Bréfritari: Jónatan Þorláksson
Viðtakandi: Jón Borgfirðings Jónsson
Dagsetning: A-1869-02-16
Skrifað á: Þórðarstöðum  S-Þing.

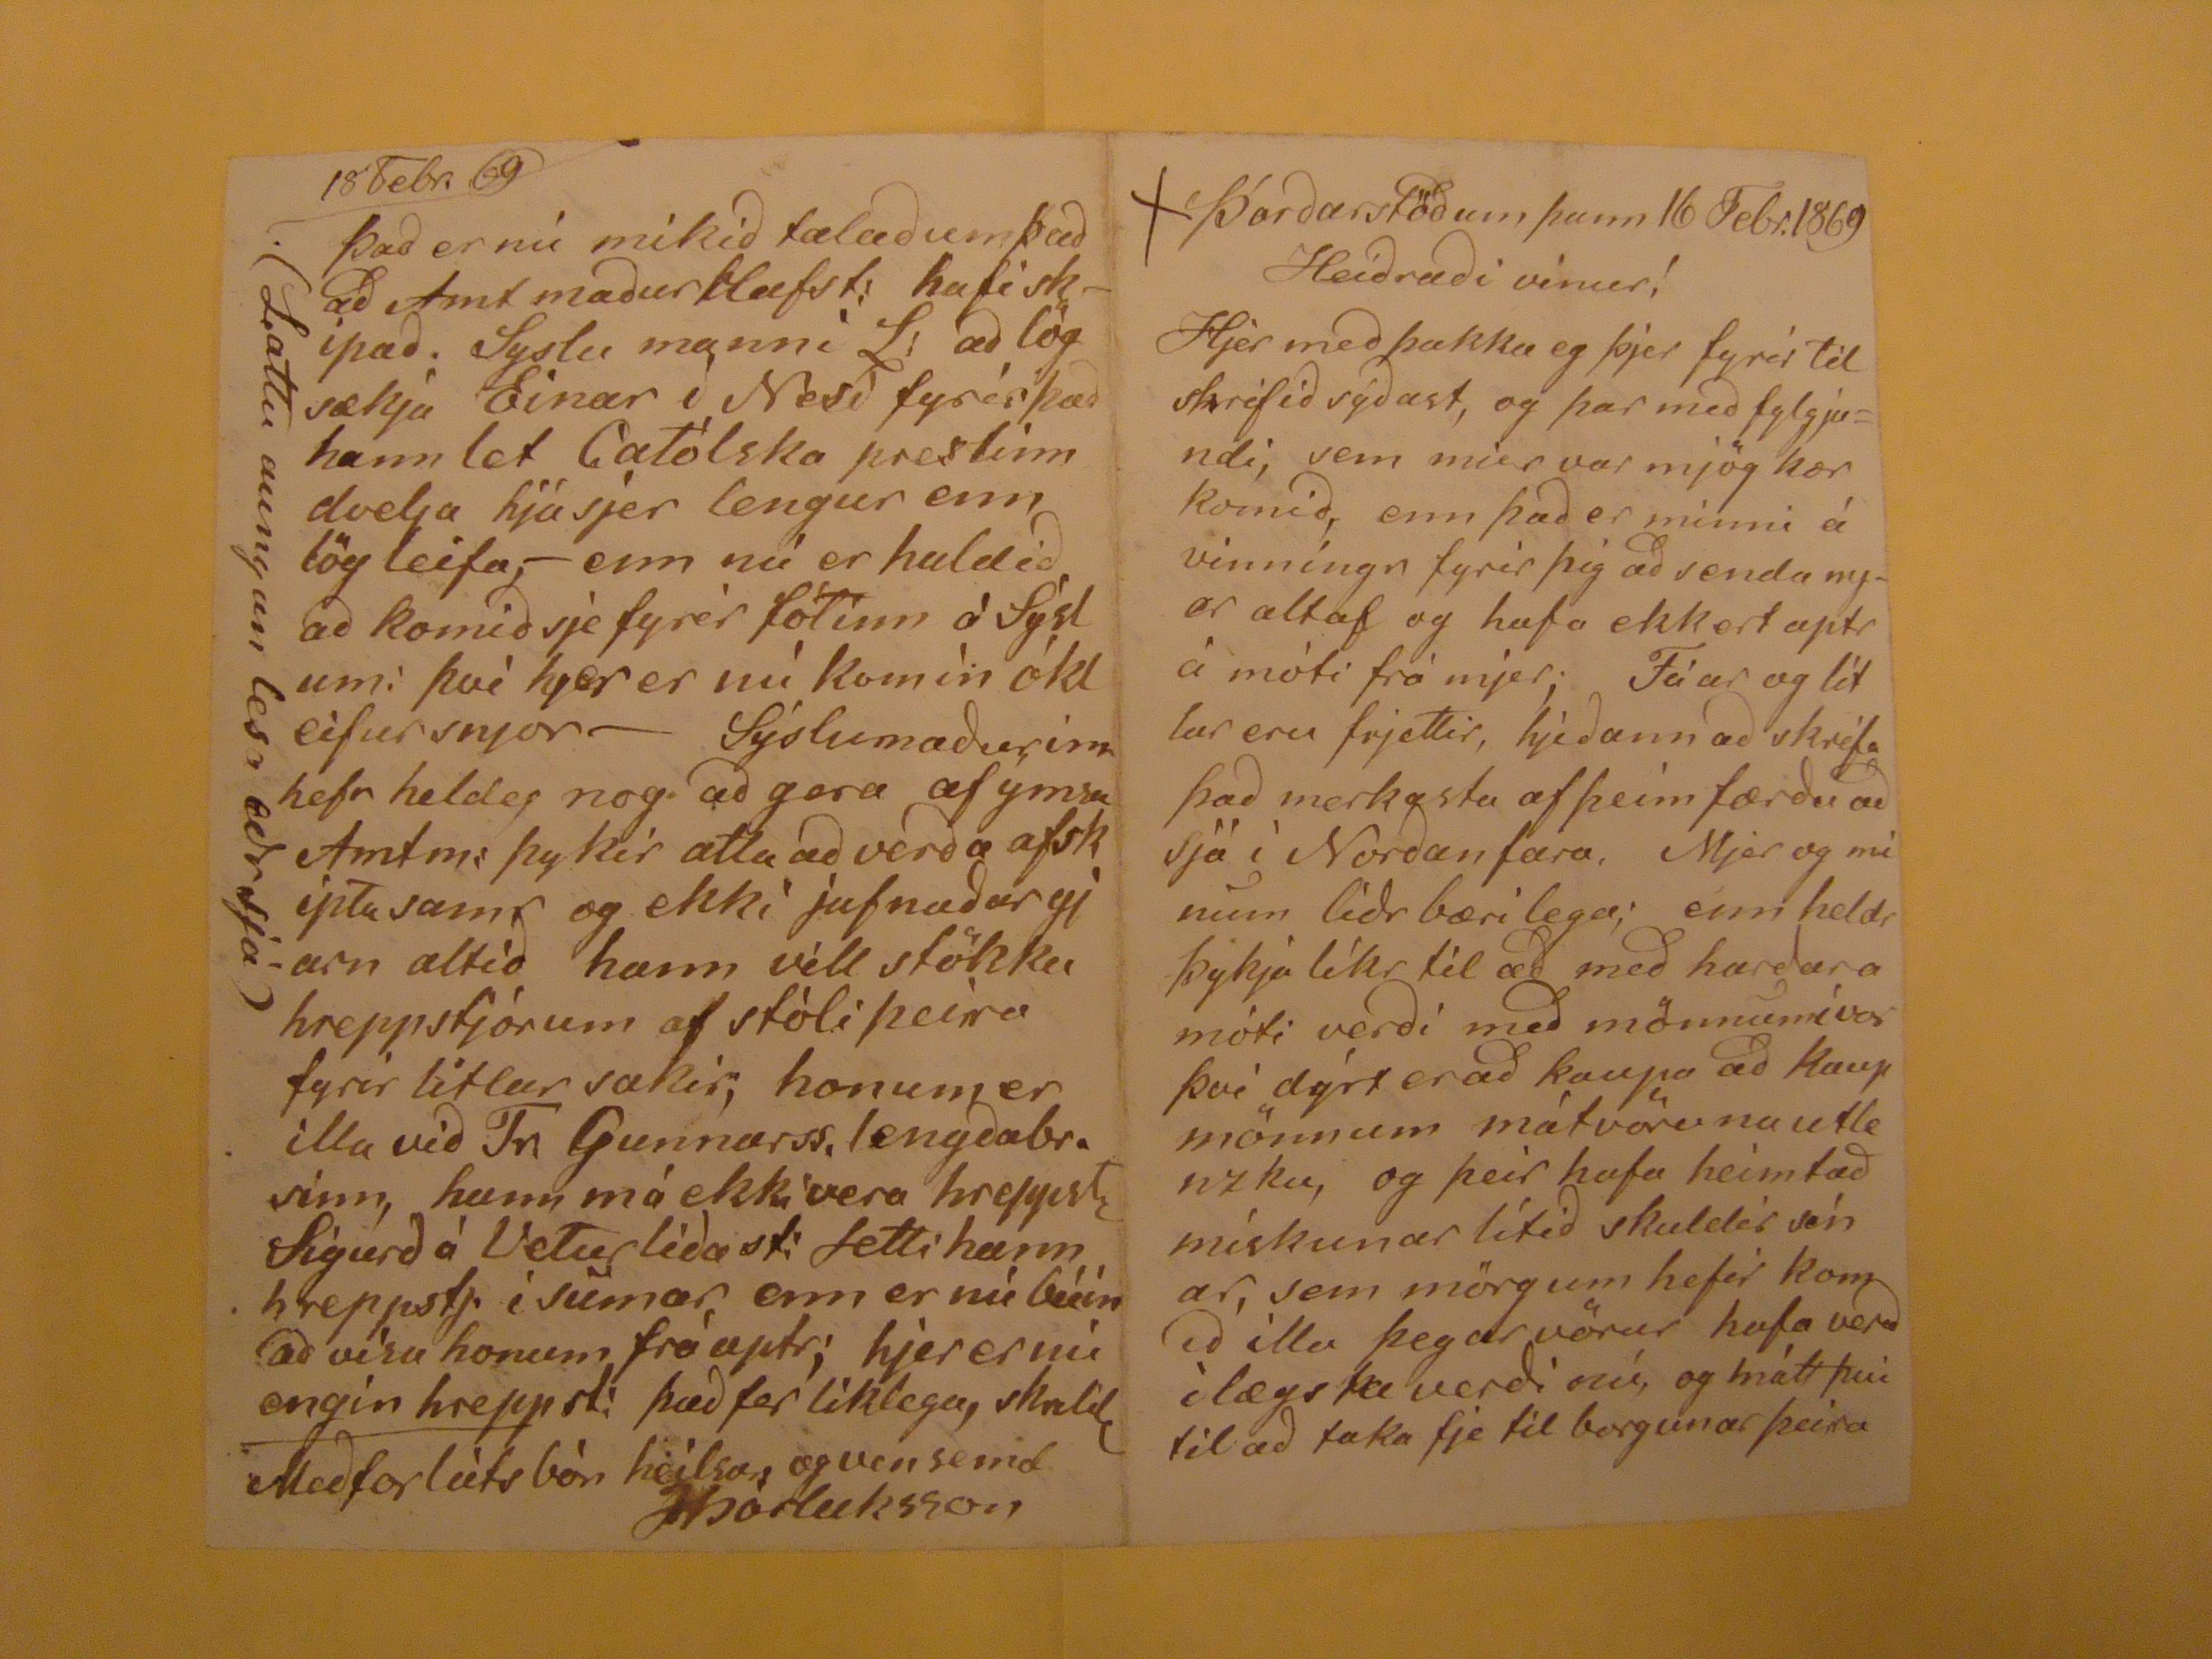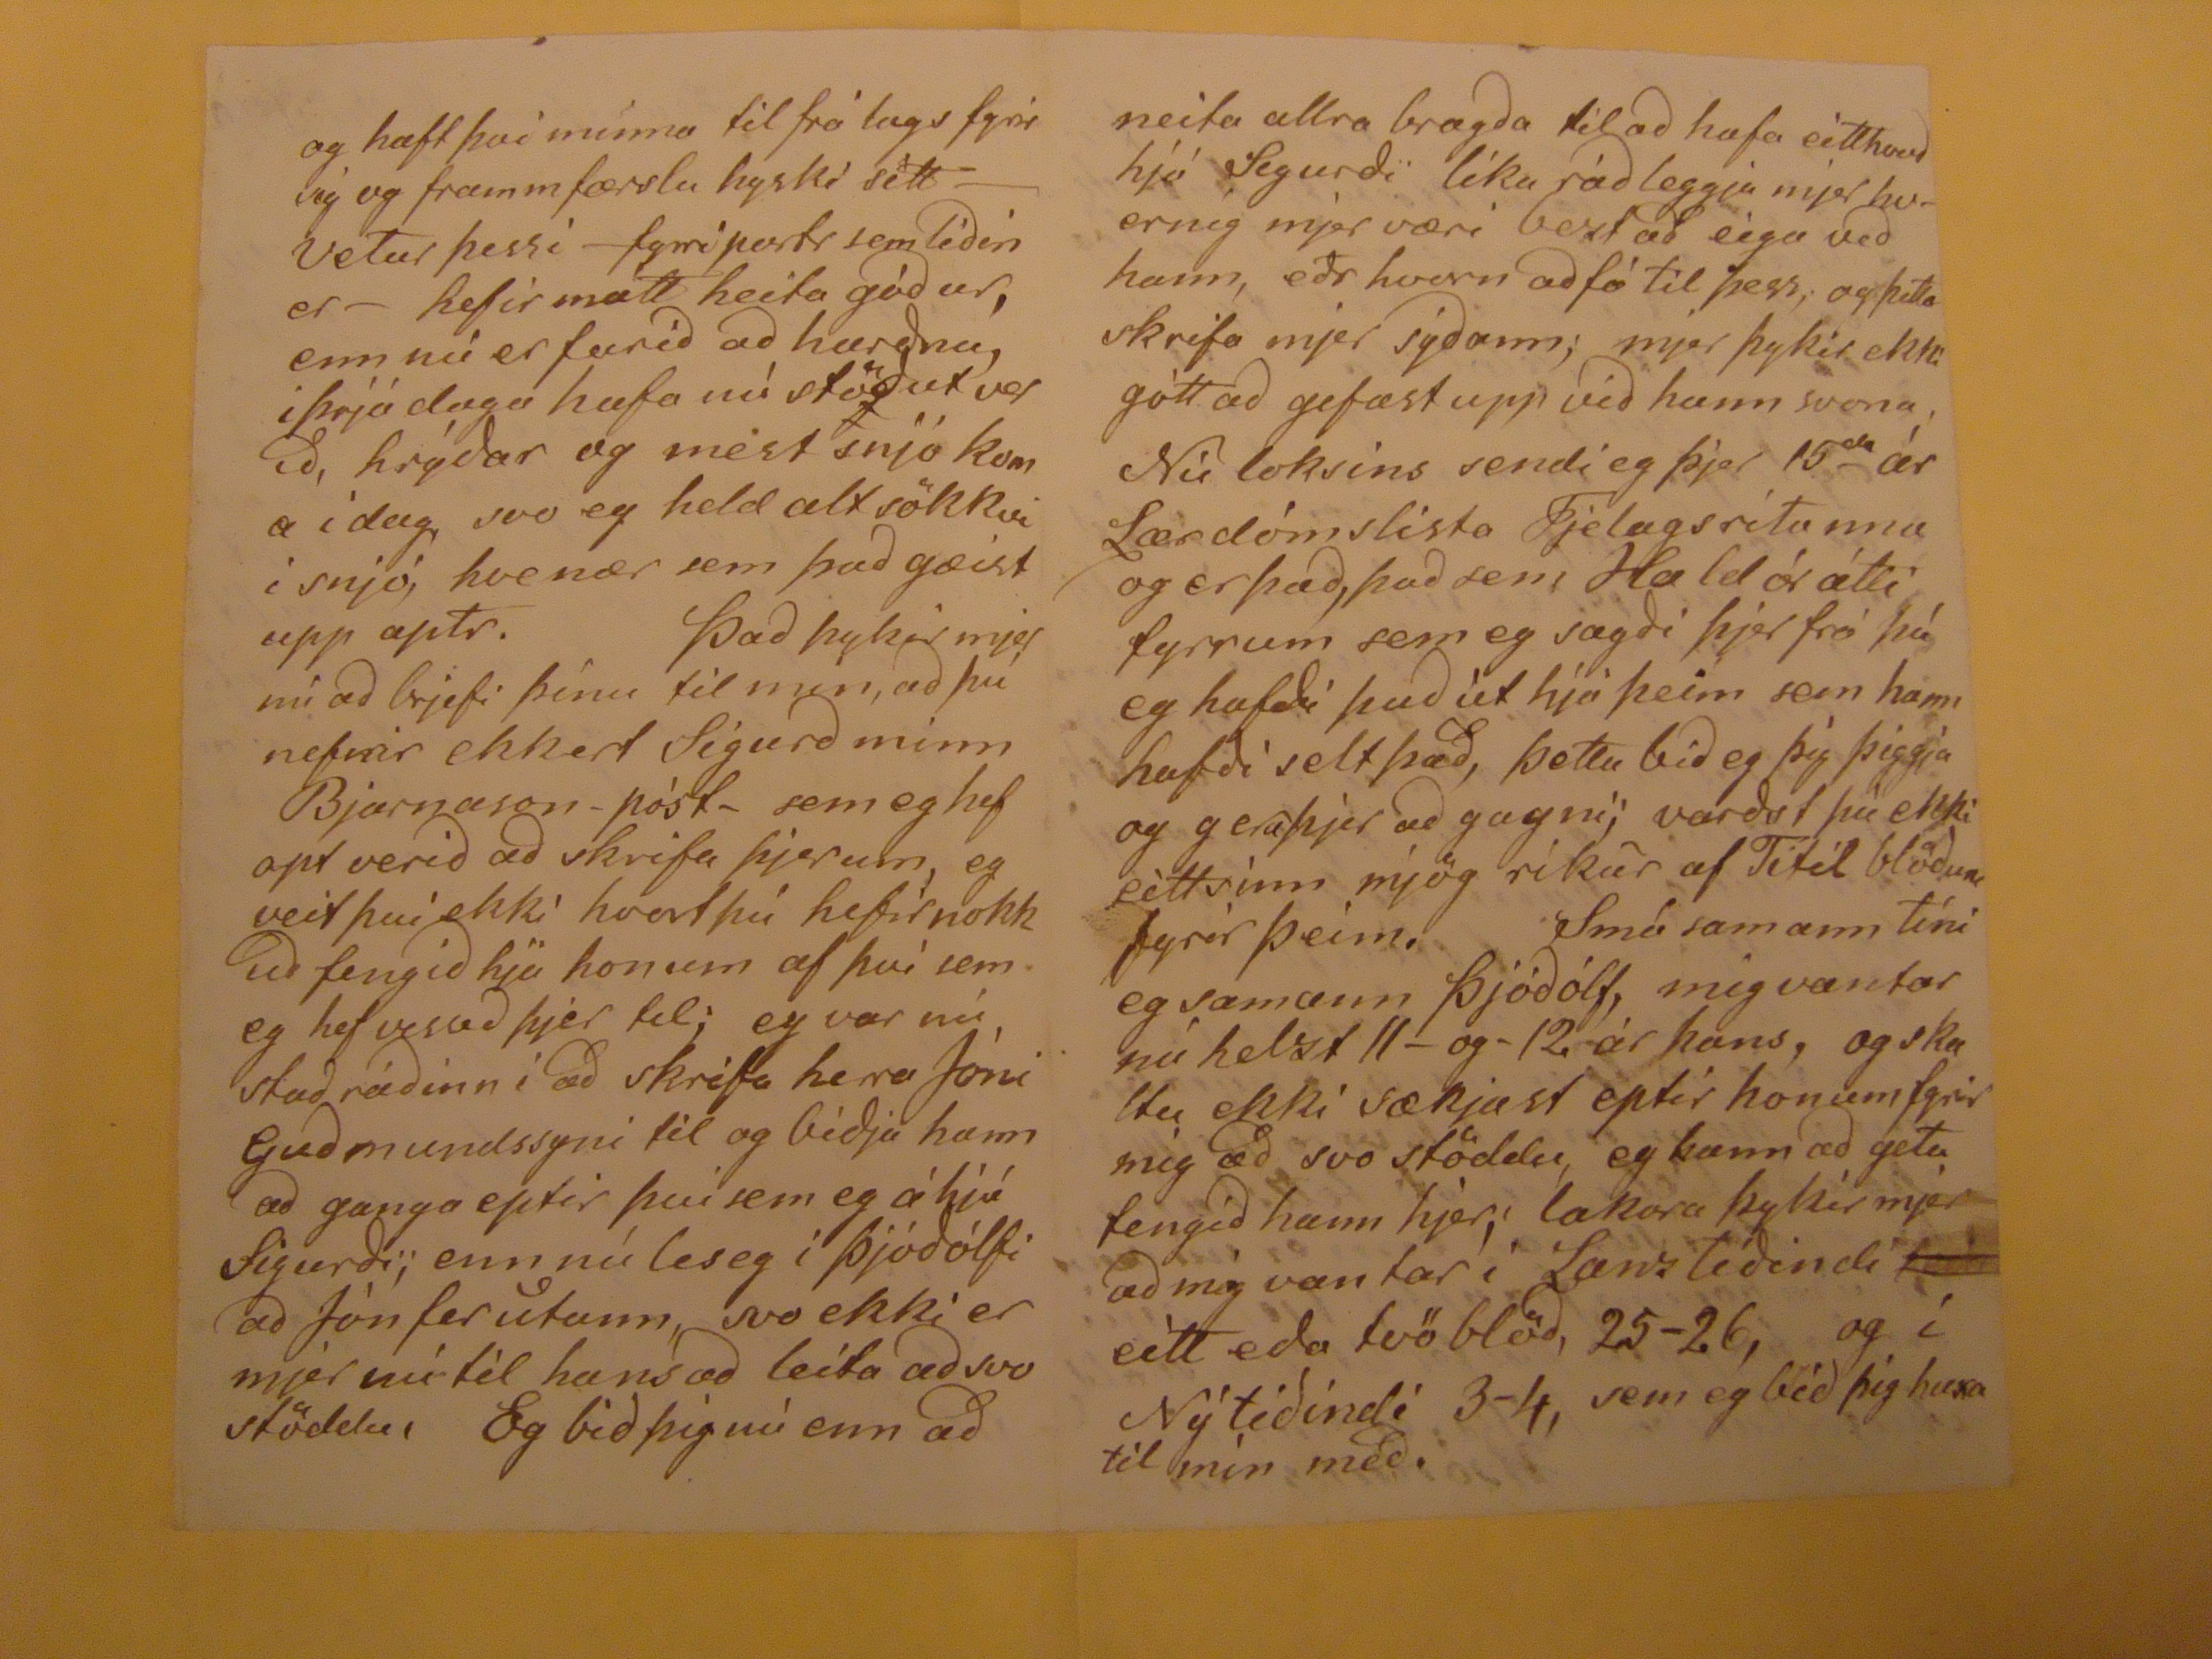

Þórðarstöðum þann 16 Febr. 1869
Heiðraði vinur!
Hjer með þakka eg þjer fyrir til skrifið sýðast, og þar með fylgjandi, sem mier var mjög kær komið, enn það er minni á vinníngur fyrir þig að senda nyar altaf og hafa ekkert aptr á móti frá mjer. Fáar og lítlar eru frjettir, hjeðann að skrifa það merkasta af þeim færðu að sjá í Norðanfara, Mjer og nú mun líðr bærilega; enn heldr þykja líkr til að með harðara móti verði með mönnumí vor því dýrt er að kaupa að kaupmönnum mátvöru nautlenzku, og þeir hafa heimtað miskunar lítið skuldir sínar, sem mörgum hefir komið ílla þegar vörur hafa verð
ílægsku
verði nú, og mátt því til að taka fje til borgunar þeirra
og haft því minna til frá lags fyrir sig og frammfærslu hyski sítt - Vetur þessi -fyrri posts sem líðin er - hefir mátt heita góður, enn nú er farið að harðna, í þrjá daga hafa nú stöður verið, hrýðar og mest snjó koma í dag, svo eg held alt sökkvi i snjó, hvenær sem það gæist upp aptr. Það þykir mjer nú að brjefi þínu til min, að þú nefnir ekkert Sigurð minn Bjarnason -póst- sem eg hef opt verið að skrifa þjerum, eg veit því ekki hvort þú hefir nokkuð fengið hjá honum af því sem eg hef verið þjer til; eg var nú stað ráðinn í að skrifa herra Jóni Guðmundssyni til og biðja hann að ganga eptir því sem eg á hjá Sigurði; enn nú leseg i Þjóðólfi að Jón fer utann, svo ekkie r mjer nú til hans að leita að svo stöddu, Eg bið þig nú enn að
neita allra bragða til að hafa eitthvað hjá Sigurði líka ráðleggja mjer hvernig mjer væri bezt að eiga veð hann, eðr hvern að fá til þess; og þetta skrifa mjer sýðann; mjer þykir ekki gótt að gefast upp við hann svona, Nú loksins sendi eg þjer 15
da
ár Lærdómslista Fjelagsrítanna og er það, það sem Haldór átti fyrrum sem eg sagði þjer frá þá eg hafði það út hjá þeim sem hann hafði selt það, þetta bið eg þig þiggja og gefa þjer að gagni; varðst þú ekki eitt sinn mjög ríkur af Titil blöðum fyrir þeim. Smá samann tíni eg samann Þjóðólf, mig vantar nu helzt 11- og -12 ár hans, og skaltu, ekki sækjast eptir honum fyrir mgi að svo stöddu, eg kann að geta fengið hann hjer, lakara þykir mjer að mig vantar í Lanztíðindi
?eða
eitt eða tvö blöð, 25-26, og í Nýtíðindi 3-4, sem eg bið þig huxa til mín með.
18Febr.69
Það er nú mikið talað um það að Amtmaður
Hafs:
hafi skipað. Syslu manni L: að lögsækja Einar í Nesi fyrir það hann let Católska prestinn dvelja hjá sjer lengur enn lög leifa,- enn nú er haldið að komið sje fyrir
fótinn
á Sýslum: því hjer er nú komin ókleifur snjor- Sýslumaðurinn hefa heldseg nog að gera af ýmsu Amtm: þykir ætla að verða afskipta samr og ekki jafnaðar gjarn altið hann vill stökku hreppstjórum af stóli þeirra fyrir litlar sakir, honum er illa við Tr: Gunnarss. lengðabr. sinn, hann má ekki vera hreppst. Sigurð á Veturliðast: Setti hann hreppstj. í sumar, enn er nú búin að vísa honum frá aptr; hjer er nú engin hreppst: það fer líklega, skald með forlátsbón heils
u, og vensemd
JÞorlaksson
(Lattu aungan lesa eðr sjá)